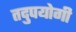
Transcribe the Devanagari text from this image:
तदुपयोगी